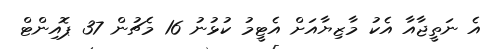
އެ ނަތީޖާއާ އެކު މާޒިޔާއަށް އެޓީމު ކުޅުނު 16 މެޗުން 37 ޕޮއިންޓް